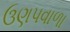
ઉણપવાળા